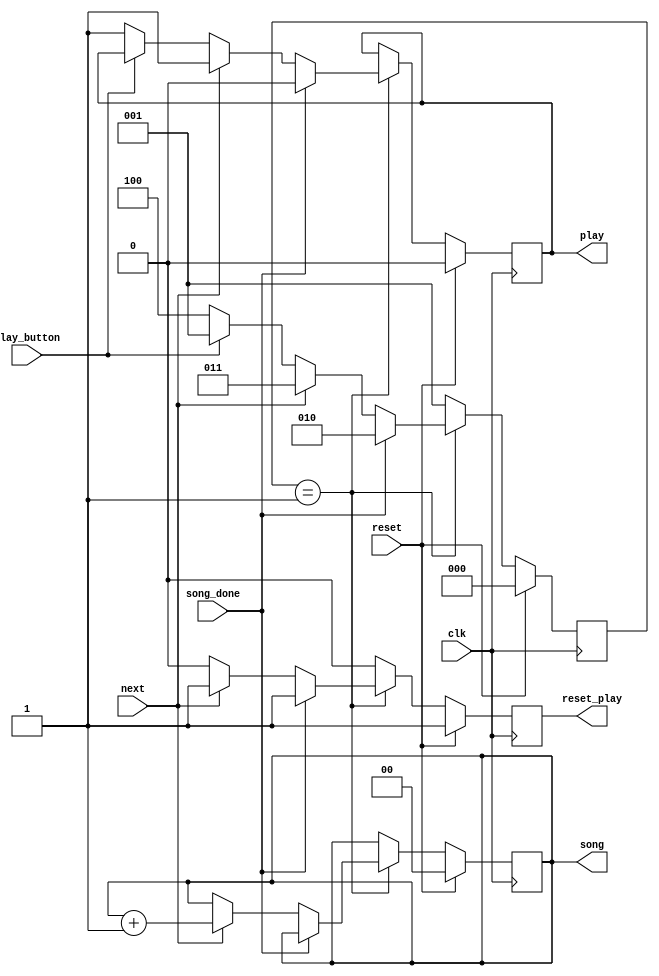
module mcu(
  clk,
  reset,
  play_button,
  next,
  play,
  reset_play,
  song_done,
  song);
  
  
  input clk,reset,play_button,next,song_done;
  output reg play;
  output reg reset_play;
  output reg [1:0] song;
  parameter RESET=3'b000,WAIT=3'b001,END=3'b010,NEXT=3'b011,PLAY=3'b100;
  reg[2:0] state;
  always @(posedge clk)
    if(reset) begin state<=RESET ; play<=0;song<=2'b00;reset_play<=1;end
    else
      case(state)
        RESET: begin state<=WAIT;reset_play<=0; end
        WAIT: if(song_done) begin state<=END;play<=0;reset_play<=1;end
              else if(next) begin state<=NEXT;play<=1;reset_play<=1;song<=song+1;end
                   else if(!play_button) begin state<=PLAY;play<=1;reset_play<=0;end
                        else begin state<=WAIT;reset_play<=0;end
        END : begin state<=WAIT ;reset_play<=0;end
        PLAY: begin state<=WAIT ;reset_play<=0;end
        default: begin state<=WAIT;  reset_play<=0;end
      endcase
endmodule